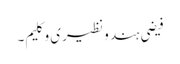
فیضیِ ہند و نظیری و کلیم۔